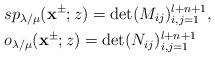
LaTeX: \begin{align*}&sp_{\lambda/\mu}(\mathbf{x}^{\pm};z)=\det(M_{ij})^{l+n+1}_{i,j=1},\\&o_{\lambda/\mu}(\mathbf{x}^{\pm};z)=\det(N_{ij})^{l+n+1}_{i,j=1}\end{align*}